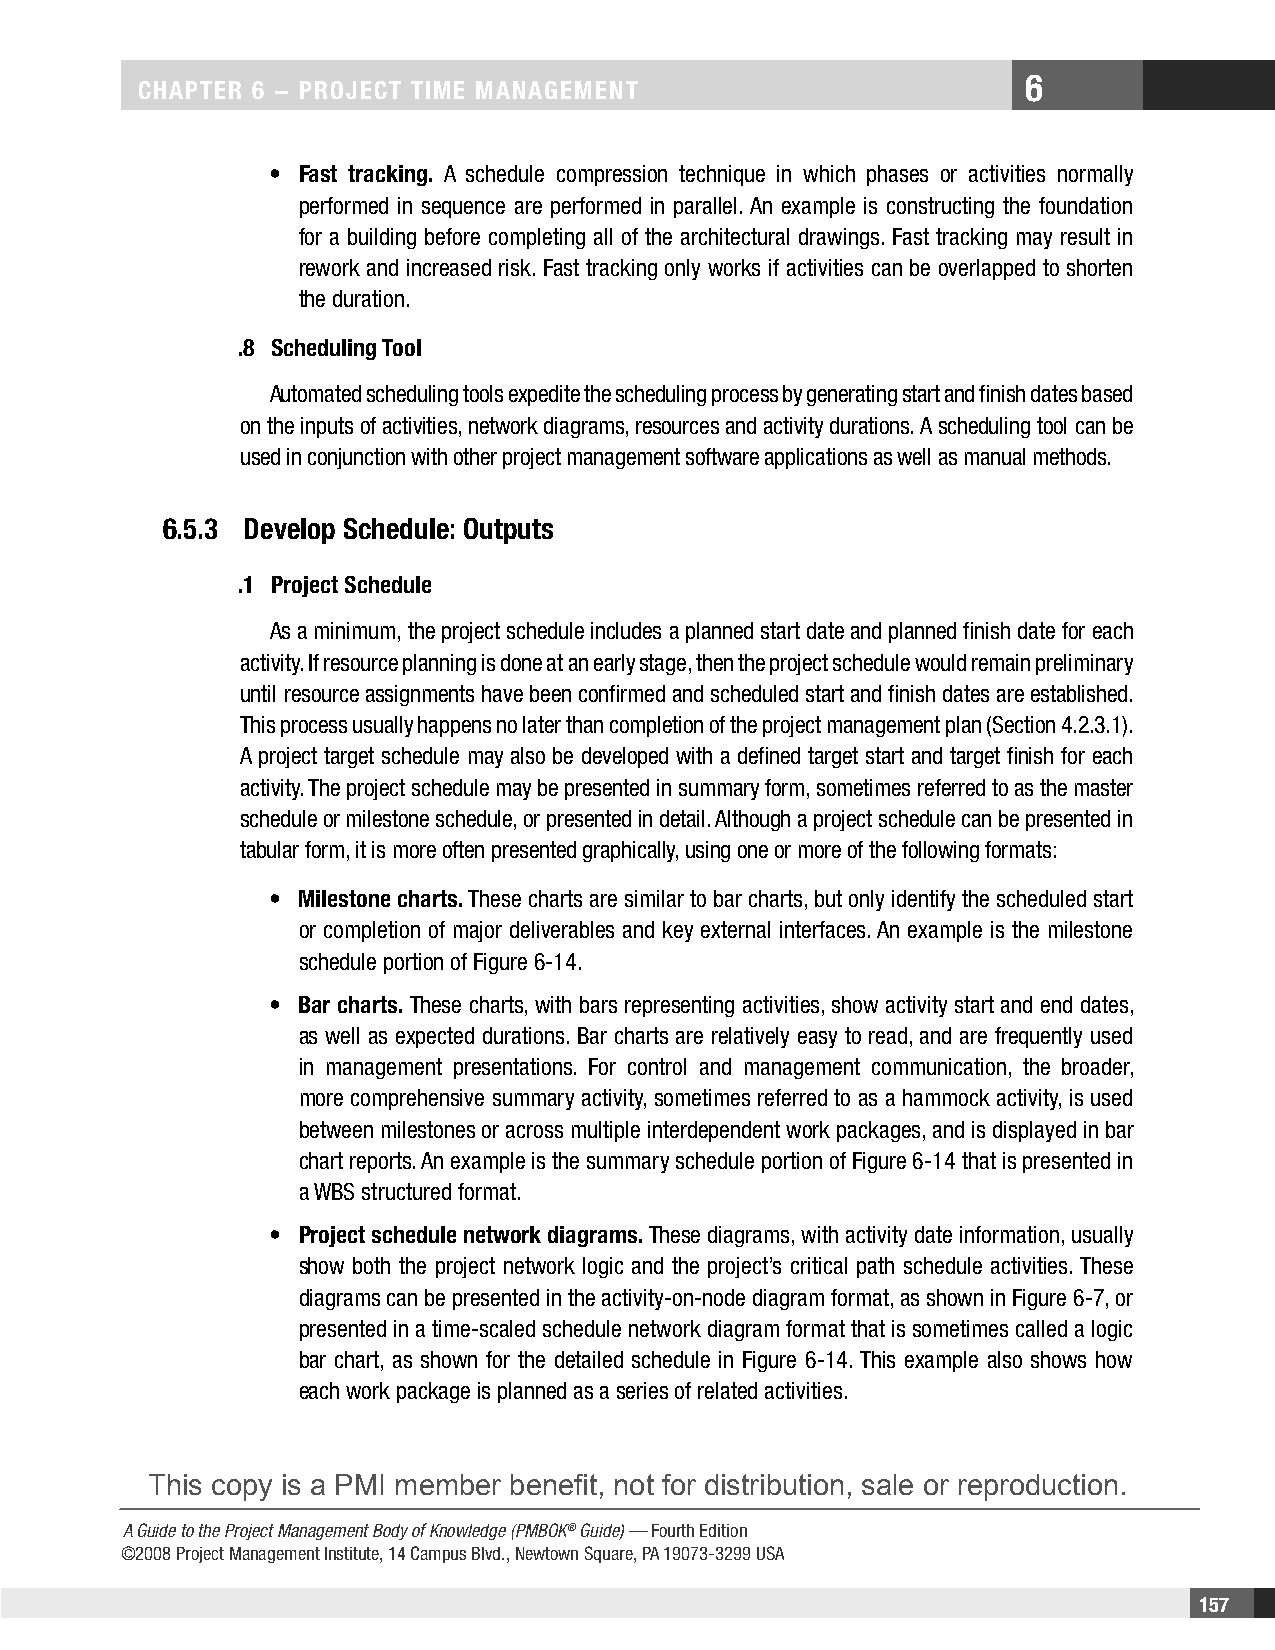
6
 CHAPTER 6 − PRojECT TimE mAnAgEmEnT
 • Fast tracking. A schedule compression technique in which phases or activities normally
 performed in sequence are performed in parallel. An example is constructing the foundation
 for a building before completing all of the architectural drawings. Fast tracking may result in
 rework and increased risk. Fast tracking only works if activities can be overlapped to shorten
 the duration.
 .8 Scheduling Tool
 Automated scheduling tools expedite the scheduling process by generating start and finish dates based
 on the inputs of activities, network diagrams, resources and activity durations. A scheduling tool can be
 used in conjunction with other project management software applications as well as manual methods.
 6.5.3 Develop Schedule: outputs
 .1 Project Schedule
 As a minimum, the project schedule includes a planned start date and planned finish date for each
 activity. If resource planning is done at an early stage, then the project schedule would remain preliminary
 until resource assignments have been confirmed and scheduled start and finish dates are established.
 This process usually happens no later than completion of the project management plan (Section 4.2.3.1).
 A project target schedule may also be developed with a defined target start and target finish for each
 activity. The project schedule may be presented in summary form, sometimes referred to as the master
 schedule or milestone schedule, or presented in detail. Although a project schedule can be presented in
 tabular form, it is more often presented graphically, using one or more of the following formats:
 • milestone charts. These charts are similar to bar charts, but only identify the scheduled start
 or completion of major deliverables and key external interfaces. An example is the milestone
 schedule portion of Figure 6-14.
 • Bar charts. These charts, with bars representing activities, show activity start and end dates,
 as well as expected durations. Bar charts are relatively easy to read, and are frequently used
 in management presentations. For control and management communication, the broader,
 more comprehensive summary activity, sometimes referred to as a hammock activity, is used
 between milestones or across multiple interdependent work packages, and is displayed in bar
 chart reports. An example is the summary schedule portion of Figure 6-14 that is presented in
 a WBS structured format.
 • Project schedule network diagrams. These diagrams, with activity date information, usually
 show both the project network logic and the project’s critical path schedule activities. These
 diagrams can be presented in the activity-on-node diagram format, as shown in Figure 6-7, or
 presented in a time-scaled schedule network diagram format that is sometimes called a logic
 bar chart, as shown for the detailed schedule in Figure 6-14. This example also shows how
 each work package is planned as a series of related activities.
 This copy is a PMI member benefit, not for distribution, sale or reproduction.
 A Guide to the Project Management Body of Knowledge (PMBOK® Guide) — Fourth Edition
 ©2008 Project Management Institute, 14 Campus Blvd., Newtown Square, PA 19073-3299 USA
 157